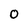
Character: 0